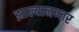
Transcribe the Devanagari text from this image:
झाल्यानण्तर